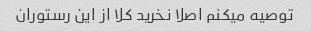
توصیه میکنم اصلا نخرید کلا از این رستوران